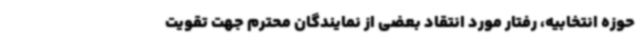
حوزه انتخابیه، رفتار مورد انتقاد بعضی از نمایندگان محترم جهت تقویت